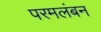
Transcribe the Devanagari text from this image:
परमलंबन